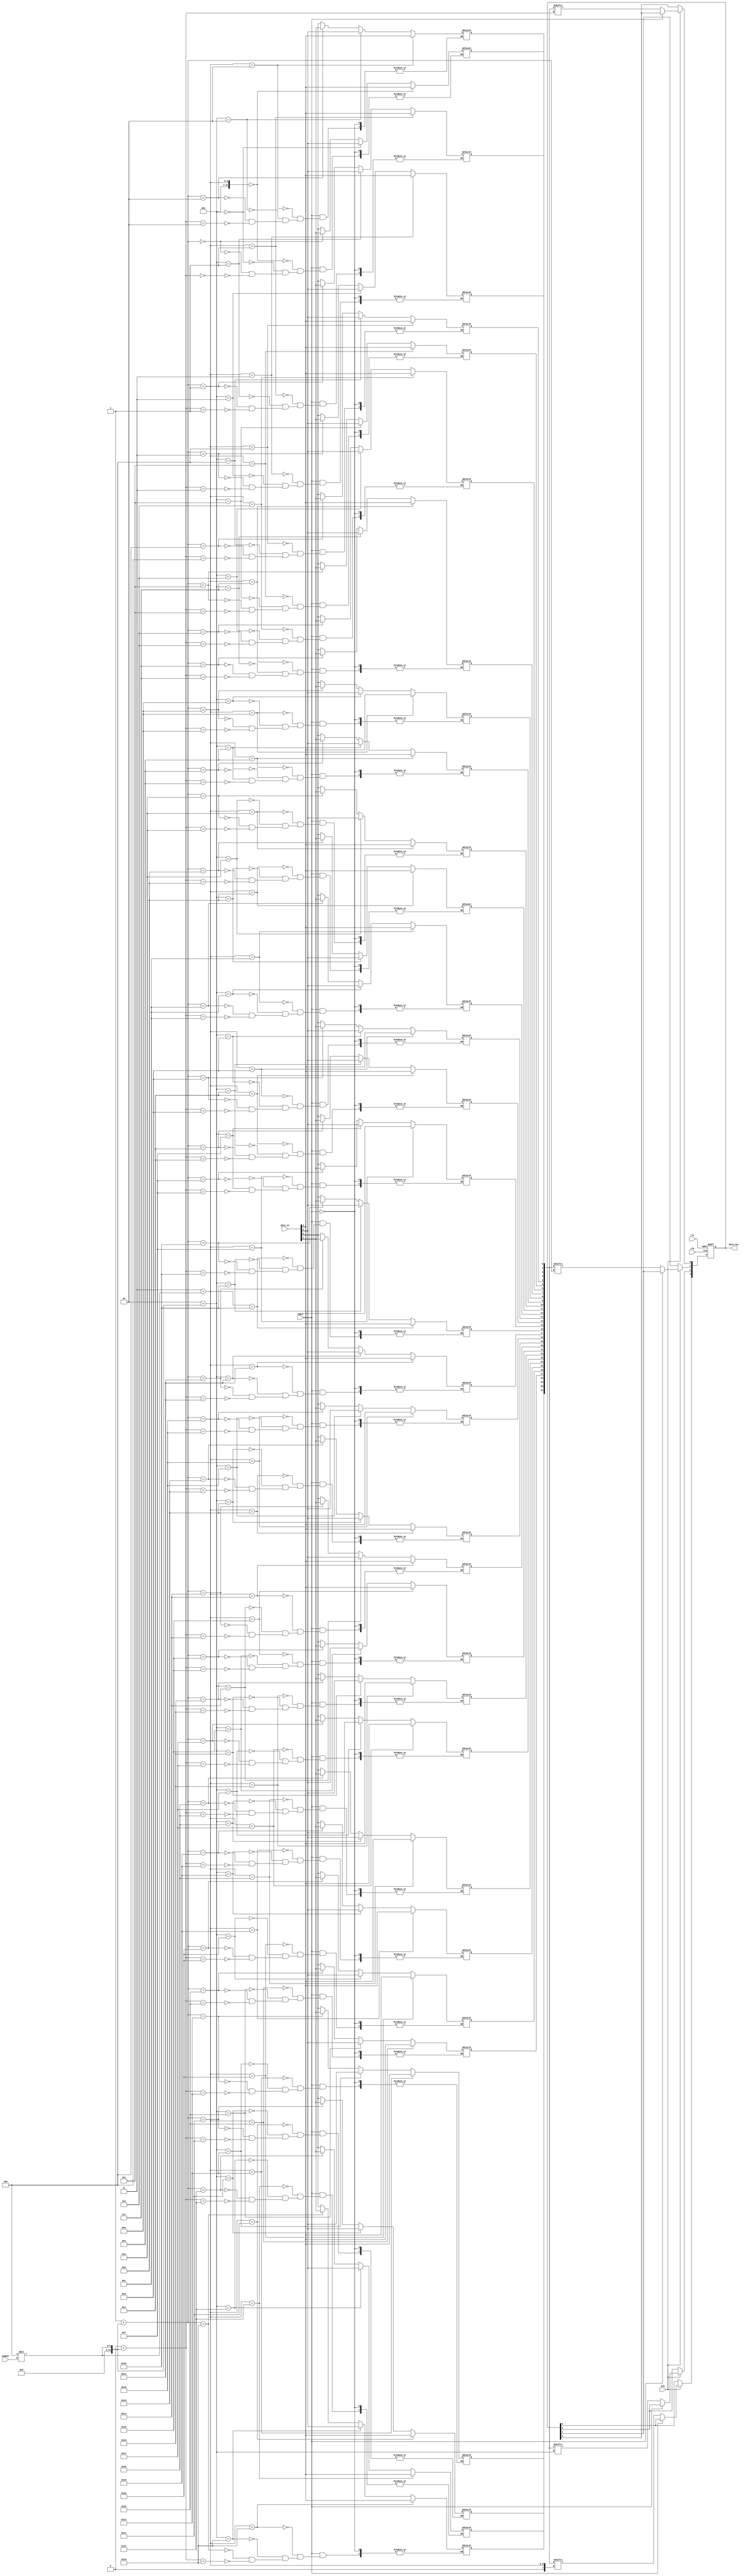
`timescale 1ns / 1ps
//////////////////////////////////////////////////////////////////////////////////
// Company: 
// Engineer: 
// 
// Design Name: 
// Module Name:    pcreg 
// Project Name: 
// Target Devices: 
// Tool versions: 
// Description: 
//
// Dependencies: 
//
// Revision: 
// Revision 0.01 - File Created
// Additional Comments: 
//
//////////////////////////////////////////////////////////////////////////////////
module pcreg(
    input clk,
    input rst,
    input ena,
    input [3:0] data_in,
    output reg[3:0] data_out,
	 input [2:0] number,
	 input IOput
    );
	 reg [31:0] temp;
	 integer i,k;
	 
	 always @ (number , IOput)
	 if(IOput==1)
	 begin
		for(i=0;i<4;i=i+1)
			begin
				temp[i+4*number]<=data_in[i];
			end	
    end		
	 
	 
	 always @ (posedge clk,posedge rst)
	 if(rst)
	 begin
		data_out<=0;
	 end
	 
	 else if(ena)
	 begin	
		if(IOput==0)
			begin
				for(k=0;k<4;k=k+1)
					begin
						data_out[k]<=temp[k+4*number];
					end
			end	
	 
	 end


endmodule